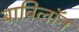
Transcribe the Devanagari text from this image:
बाबिलॉन